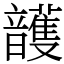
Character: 頀